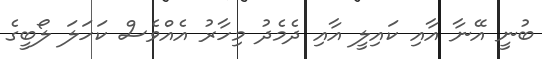
ބުނީ އޭނާ އާއި ކައިލީ އާއި ދެމެދު މިހާރު އެއްވެސް ކަހަލަ ލޯބީގެ